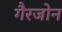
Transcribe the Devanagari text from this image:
गैरजोन